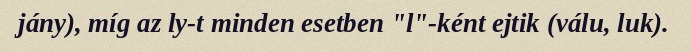
jány), míg az ly-t minden esetben "l"-ként ejtik (válu, luk).